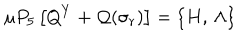
\mu P _ { 5 } \left[ Q ^ { Y } + { \cal Q } ( \sigma _ { r } ) \right] = \left\{ H , \, \Lambda \right\}